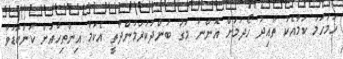
ހަމަހަމަ ކަމާއެކު ތާއިދު ހޯދުމަށް އޮންނަ މަގު ބަންދުކުރަމުންދާތީ އެކަމާ އިންތިހާއަށް ކަންބޮޑުވާ